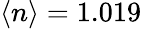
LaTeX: \langle n\rangle=1.019